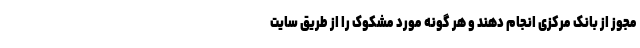
مجوز از بانک مرکزی انجام دهند و هر گونه مورد مشکوک را از طریق سایت